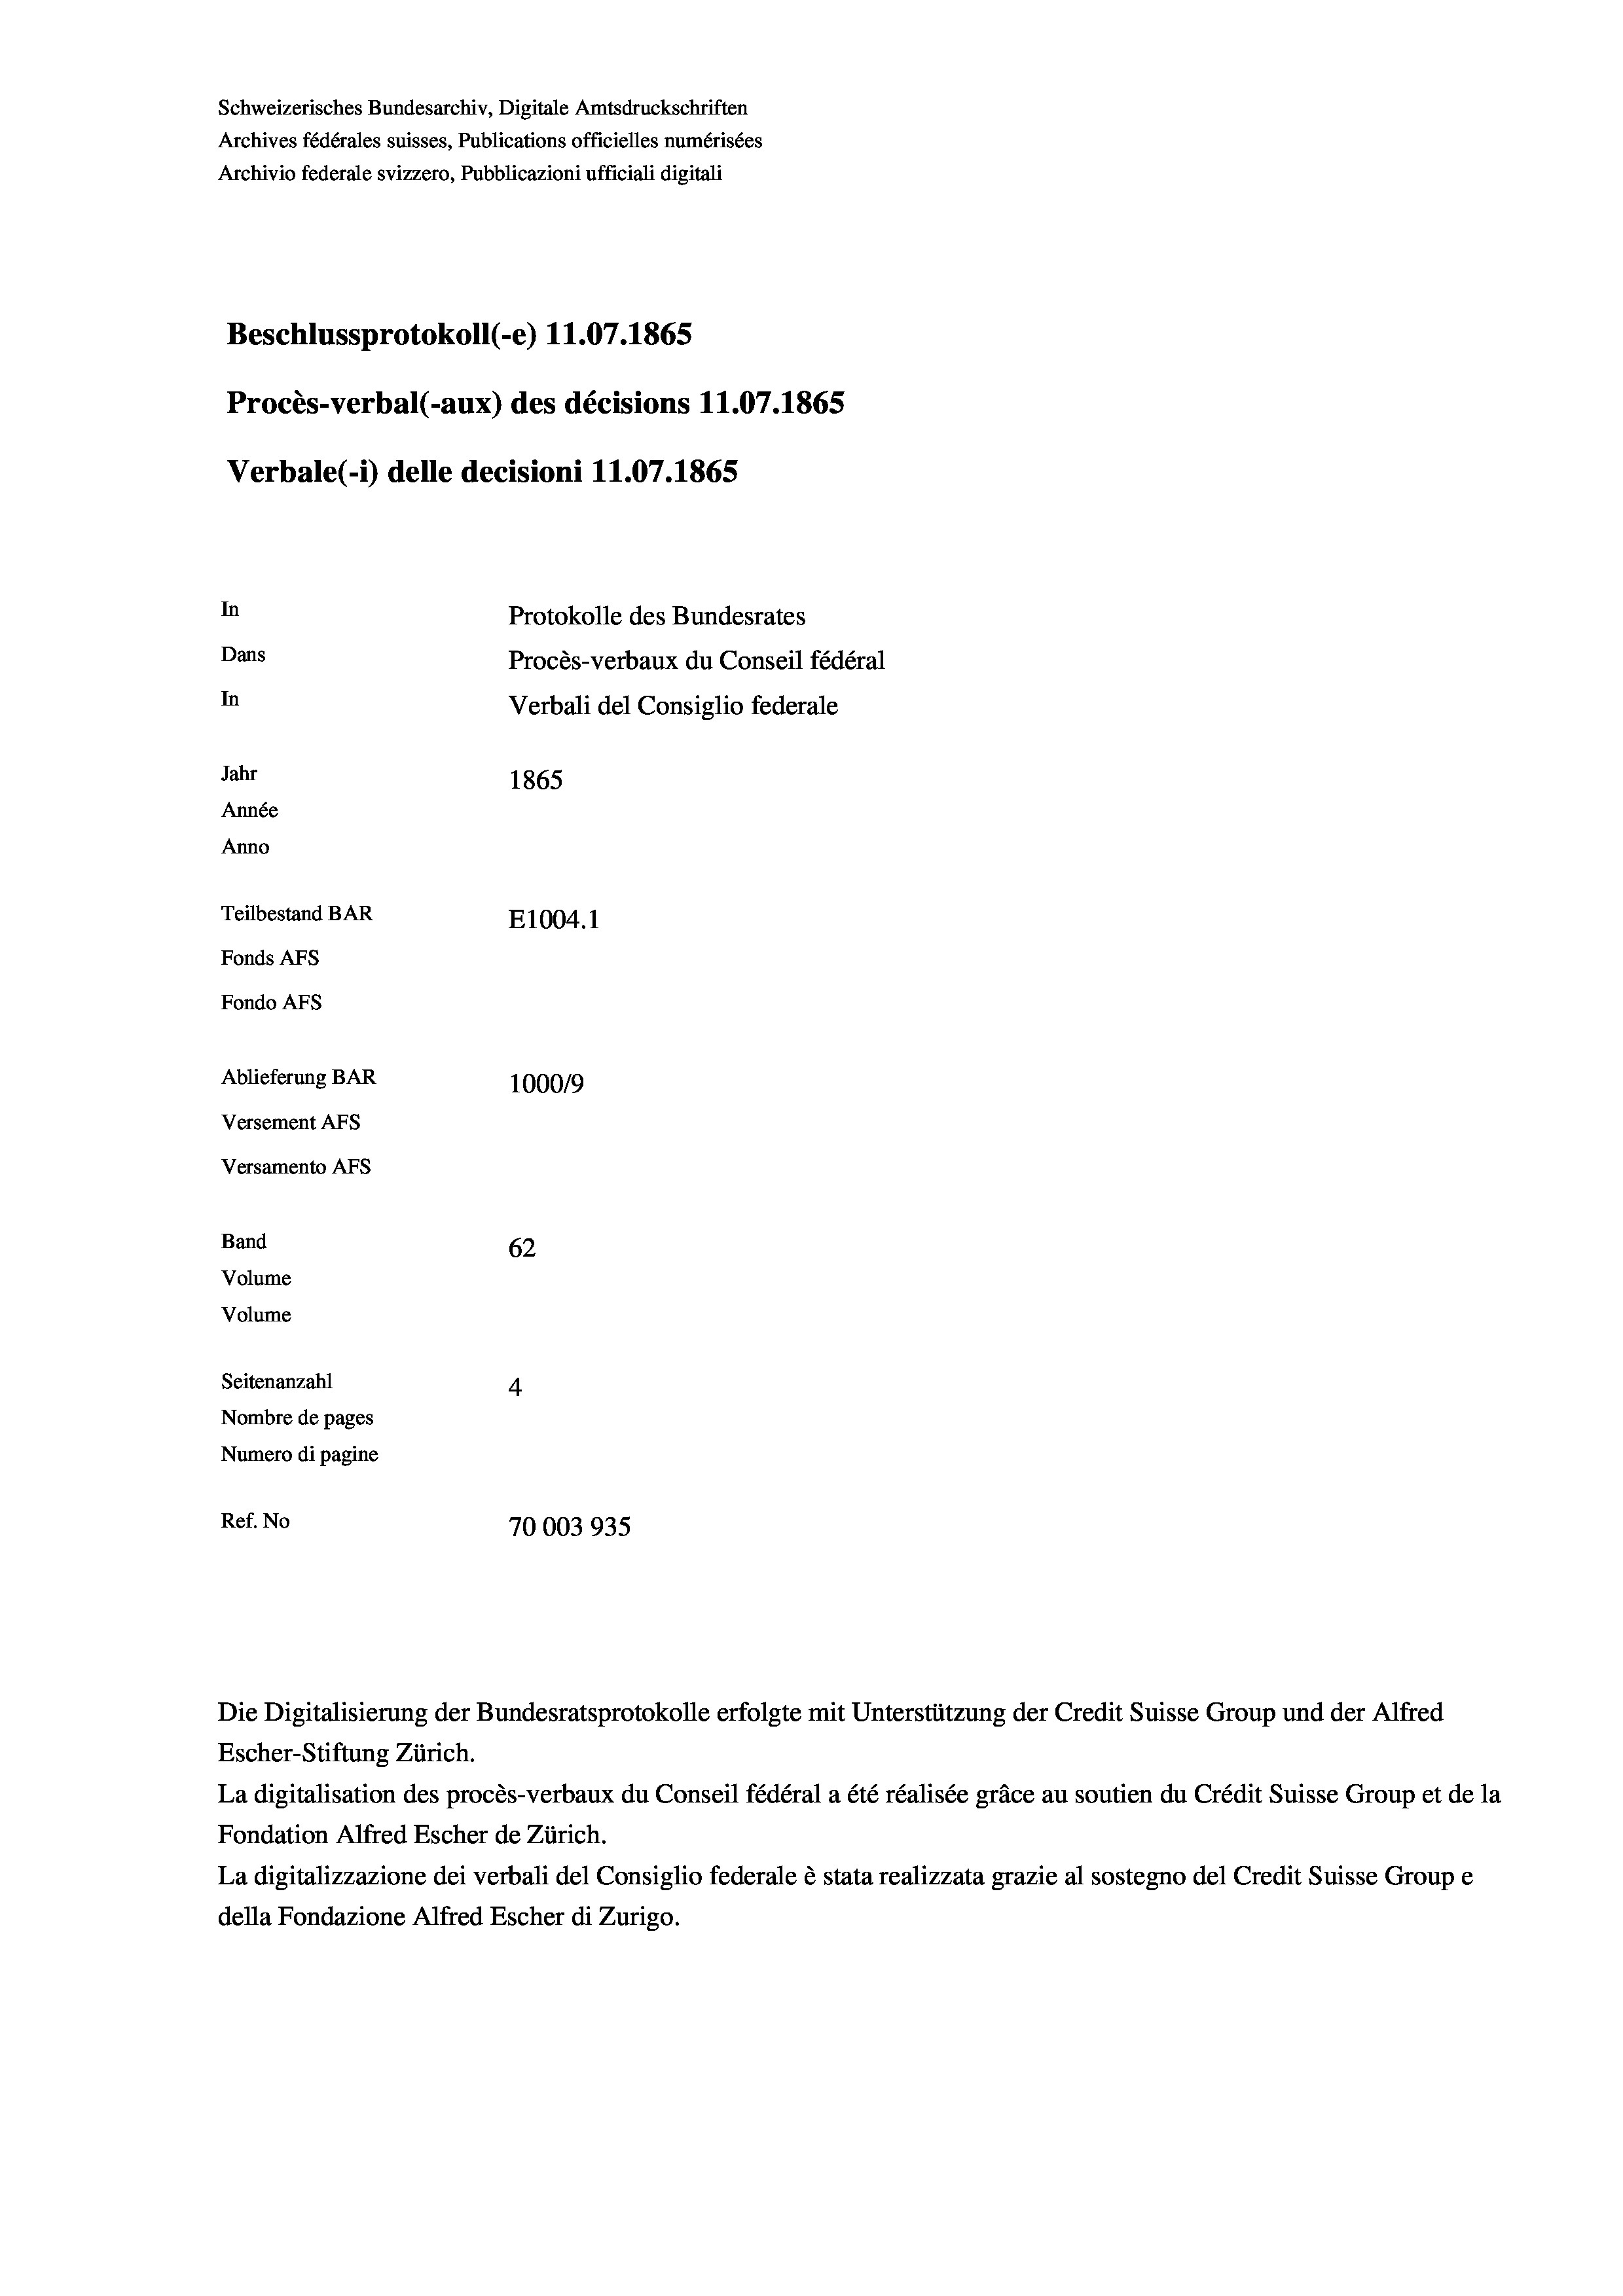
Schweizerisches Bundesarchiv, Digitale Amtsdruckschriften
Archives fédérales suisses, Publications officielles numérisées
Archivio federale svizzero, Pubblicazioni ufficiali digitali
Beschlussprotokoll (-e) 11.07. 1865
Procès-verbal (-aux) des décisions 11.07.1865
Verbale(1) delle decisioni 11.07. 1865
In
Protokolle des Bundesrates
Dans
Procès-verbaux du Conseil fédéral
In
Verbali del Consiglio federale
Jahr
1865
Année
Anno
Teilbestand BAR
E1004. 1
Fonds Afs
Fondo AFs
Ablieferung BAR
100019
Versement AFS
Versamento AFs
Band
62
Volume
Volume
Seitenanzahl
4
Nombre de pages
Numero di pagine
Ref. No
70003935

Escher-Stiftung Zürich.
La digitalisation des procès-verbaux du Conseil fédéral a été réalisée gräce au soutien du Crédit Suisse Group et de la
Fondation Alfred Escher de Zürich.
La digitalizzazione dei verbali del Consiglio federale è stata realizzata grazie al sostegno del Credit Suisse Groupe
della Fondazione Alfred Escher di Zurigo.

Die Digitalisierung der Bundesratsprotokolle erfolgte mit Unterstützung der Credit Suisse Group und der Alfred